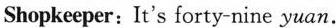
Shopkeeper: It's forty-nine yuan.